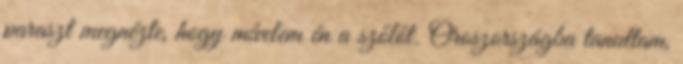
paraszt megnézte, hogy mívelem én a szőlőt. Oroszországba tanultam,